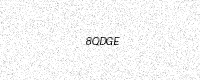
Text: 8QDGE